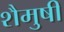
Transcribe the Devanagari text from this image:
शैमुषी